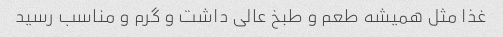
غذا مثل همیشه طعم و طبخ عالی داشت و گرم و مناسب رسید